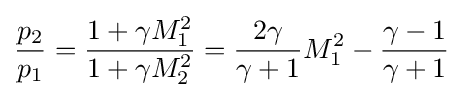
{\frac {p_{2}}{p_{1}}}={\frac {1+\gamma M_{1}^{2}}{1+\gamma M_{2}^{2}}}={\frac {2\gamma }{\gamma +1}}M_{1}^{2}-{\frac {\gamma -1}{\gamma +1}}